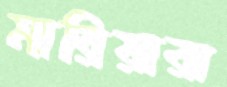
মারিয়ারা